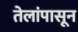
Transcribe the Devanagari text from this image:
तेलांपासून